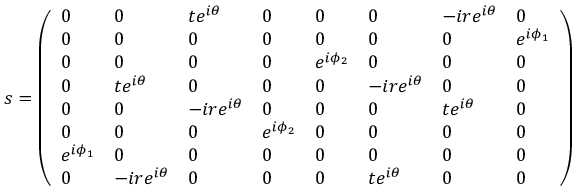
s = \left( \begin{array} { l l l l l l l l } { 0 } & { 0 } & { t e ^ { i \theta } } & { 0 } & { 0 } & { 0 } & { - i r e ^ { i \theta } } & { 0 } \\ { 0 } & { 0 } & { 0 } & { 0 } & { 0 } & { 0 } & { 0 } & { e ^ { i \phi _ { 1 } } } \\ { 0 } & { 0 } & { 0 } & { 0 } & { e ^ { i \phi _ { 2 } } } & { 0 } & { 0 } & { 0 } \\ { 0 } & { t e ^ { i \theta } } & { 0 } & { 0 } & { 0 } & { - i r e ^ { i \theta } } & { 0 } & { 0 } \\ { 0 } & { 0 } & { - i r e ^ { i \theta } } & { 0 } & { 0 } & { 0 } & { t e ^ { i \theta } } & { 0 } \\ { 0 } & { 0 } & { 0 } & { e ^ { i \phi _ { 2 } } } & { 0 } & { 0 } & { 0 } & { 0 } \\ { e ^ { i \phi _ { 1 } } } & { 0 } & { 0 } & { 0 } & { 0 } & { 0 } & { 0 } & { 0 } \\ { 0 } & { - i r e ^ { i \theta } } & { 0 } & { 0 } & { 0 } & { t e ^ { i \theta } } & { 0 } & { 0 } \end{array} \right)